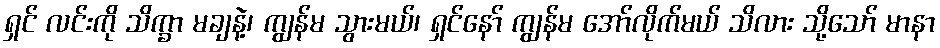
ရှင် လင်းကို သိက္ခာ မချနဲ့၊ ကျွန်မ သွားမယ်၊ ရှင်နော် ကျွန်မ အော်လိုက်မယ် သိလား သို့သော် မာနာ